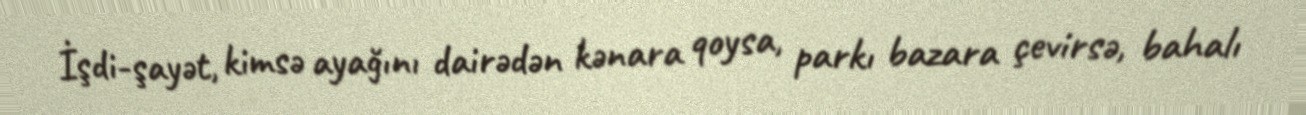
İşdi-şayət, kimsə ayağını dairədən kənara qoysa, parkı bazara çevirsə, bahalı